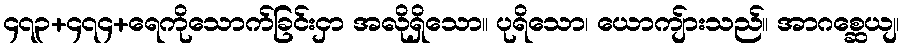
၄၇၃+၄၇၄+ရေကိုသောက်ခြင်းငှာ အလိုရှိသော။ ပုရိသော၊ ယောကျ်ားသည်။ အာဂစ္ဆေယျ၊